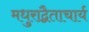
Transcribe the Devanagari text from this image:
मधुराद्वैताचार्य